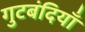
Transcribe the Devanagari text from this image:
गुटबंदियाँ